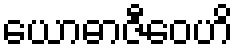
ယောဓာဇီဝေဟိ